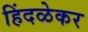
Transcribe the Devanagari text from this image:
हिंदळेकर